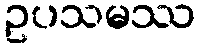
ဥပသမဿ